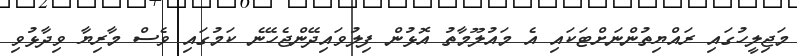
މަޖިލީހުގައި ރައްޔިތުންނަށްޓަކައި އެ މައުލޫމާތު އޮޅުން ފިލުވައިދޭންޖެހޭނެ ކަމުގައި ވެސް މާރިޔާ ވިދާޅުވި